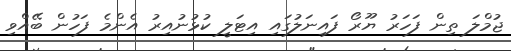
ޖުމްލަ ތިން ފަހަރު ޔޫރޯ ފައިނަލުގައި އިޓަލީ ކުޅުނުއިރު އެންމެ ފަހުން ބޭއްވި